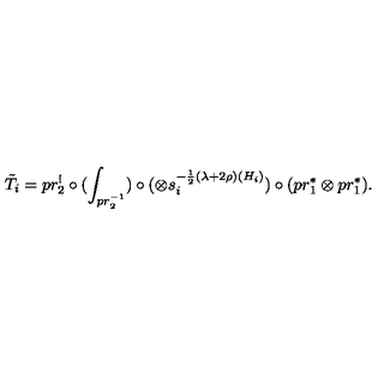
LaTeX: \tilde { T } _ { i } = p r _ { 2 } ^ { ! } \circ ( \int _ { p r _ { 2 } ^ { - 1 } } ) \circ ( \otimes s _ { i } ^ { - \frac { 1 } { 2 } ( \lambda + 2 \rho ) ( H _ { i } ) } ) \circ ( p r _ { 1 } ^ { \ast } \otimes p r _ { 1 } ^ { \ast } ) .